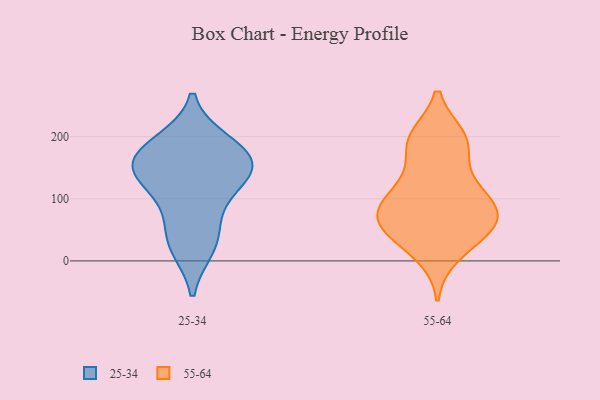
{"axis": {"x": "Revenue (USD Million)", "y": "Value"}, "legend": ["25-34", "55-64"], "data": [{"x": "", "y": 135, "type": "25-34"}, {"x": "", "y": 150, "type": "25-34"}, {"x": "", "y": 23, "type": "25-34"}, {"x": "", "y": 181, "type": "25-34"}, {"x": "", "y": 126, "type": "25-34"}, {"x": "", "y": 165, "type": "25-34"}, {"x": "", "y": 33, "type": "25-34"}, {"x": "", "y": 78, "type": "25-34"}, {"x": "", "y": 190, "type": "25-34"}, {"x": "", "y": 153, "type": "25-34"}, {"x": "", "y": 54, "type": "55-64"}, {"x": "", "y": 56, "type": "55-64"}, {"x": "", "y": 198, "type": "55-64"}, {"x": "", "y": 69, "type": "55-64"}, {"x": "", "y": 75, "type": "55-64"}, {"x": "", "y": 186, "type": "55-64"}, {"x": "", "y": 115, "type": "55-64"}, {"x": "", "y": 196, "type": "55-64"}, {"x": "", "y": 30, "type": "55-64"}, {"x": "", "y": 192, "type": "55-64"}, {"x": "", "y": 61, "type": "55-64"}, {"x": "", "y": 79, "type": "55-64"}, {"x": "", "y": 116, "type": "55-64"}, {"x": "", "y": 83, "type": "55-64"}, {"x": "", "y": 11, "type": "55-64"}, {"x": "", "y": 124, "type": "55-64"}]}